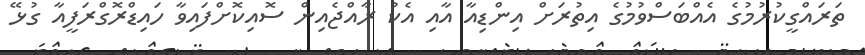
ތަރައްގީކުރުމުގެ އެއްބަސްވުމުގެ އިތުރަށް އިންޑިއާ އާއި އެކު ރާއްޖެއިން ސޮއިކޮށްފައިވާ ހައިޑްރޮގްރަފީއާ ގުޅޭ